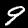
Digit: 9